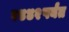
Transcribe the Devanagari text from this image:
१४४२पर्यंत